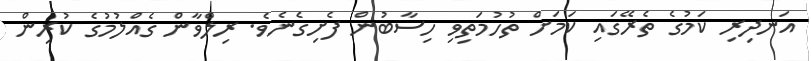
އަނދިރި ކަމުގެ ތެރޭގައި ކަމަށް ތުހުމަތިވި ހިސާބުން ފެށިގެނެވެ. ރިލްވާން ގެއްލުުމުގެ ކުރިން